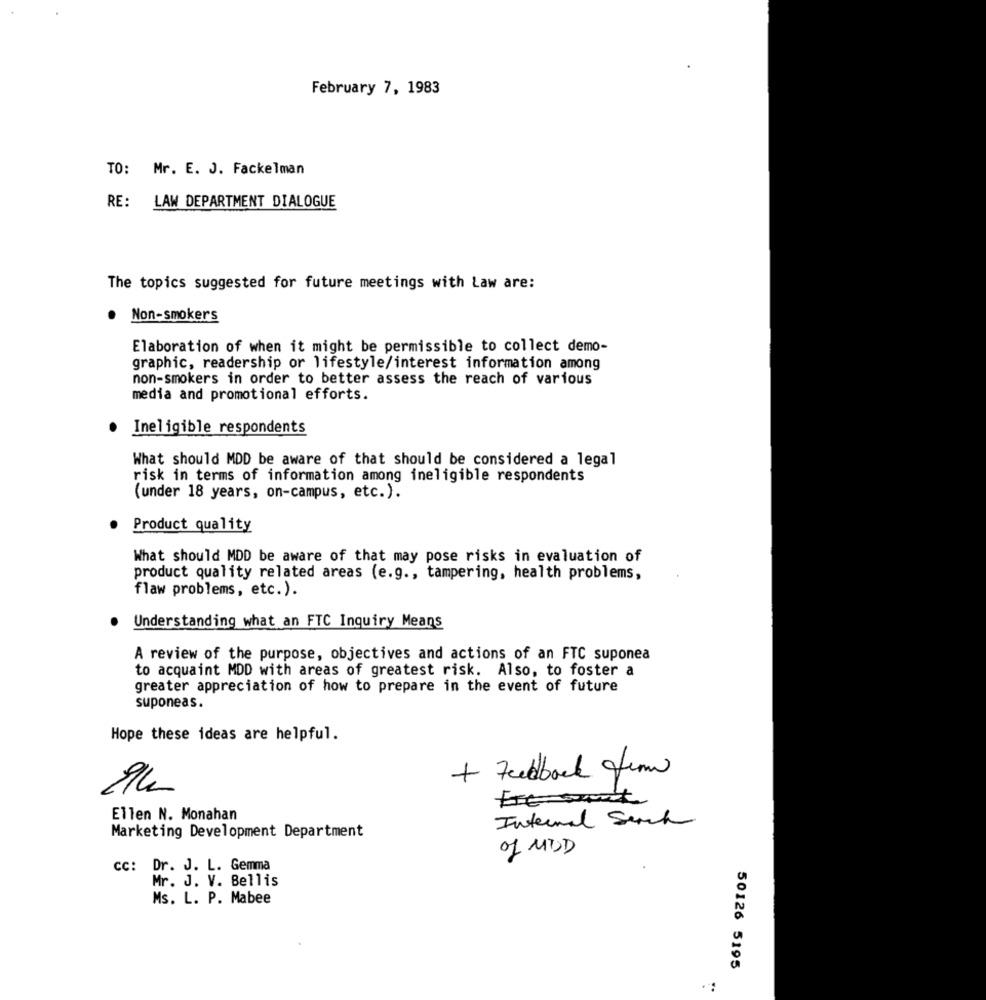
February 7, 1983
TO:
Mr. E. J. Fackelman
RE:
LAW DEPARTMENT DIALOGUE
The topics suggested for future meetings with Law are:
· Non-smokers
Elaboration of when it might be permissible to collect demo-
graphic, readership or lifestyle/interest information among
non-smokers in order to better assess the reach of various
media and promotional efforts.
Ineligible respondents
What should MDD be aware of that should be considered a legal
risk in terms of information among ineligible respondents
(under 18 years, on-campus, etc.).
Product quality
What should MDD be aware of that may pose risks in evaluation of
product quality related areas (e.g ., tampering, health problems,
flaw problems, etc.).
Understanding what an FTC Inquiry Means
A review of the purpose, objectives and actions of an FTC suponea
to acquaint MDD with areas of greatest risk. Also, to foster a
greater appreciation of how to prepare in the event of future
suponeas.
Hope these ideas are helpful.
+ Feedback finn
Ellen N. Monahan
Internal Search
Marketing Development Department
of MOD
CC: Dr. J. L. Gemma
Mr. J. V. Bellis
Ms. L. P. Mabee
50126 5195